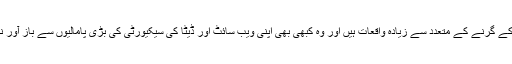
کامیاب کاروبار کے گرنے کے متعدد سے زیادہ واقعات ہیں اور وہ کبھی بھی اپنی ویب سائٹ اور ڈیٹا کی سیکیورٹی کی بڑی پامالیوں سے باز آور نہیں ہوسکتے ہیں۔